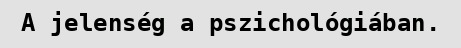
A jelenség a pszichológiában.